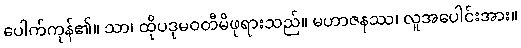
ပေါက်ကုန်၏။ သာ၊ ထိုပဒုမဝတီမိဖုရားသည်။ မဟာဇနဿ၊ လူအပေါင်းအား။